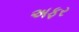
અફર